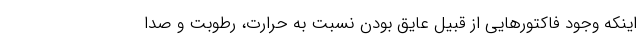
اینکه وجود فاکتورهایی از قبیل عایق بودن نسبت به حرارت، رطوبت و صدا